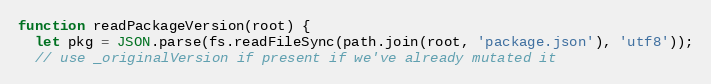
Language: JavaScript
function readPackageVersion(root) {
  let pkg = JSON.parse(fs.readFileSync(path.join(root, 'package.json'), 'utf8'));
  // use _originalVersion if present if we've already mutated it